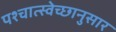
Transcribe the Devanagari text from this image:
पश्चात्स्वेच्छानुसार